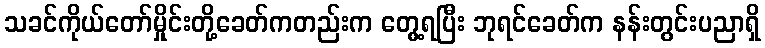
သခင်ကိုယ်တော်မှိုင်းတို့ခေတ်ကတည်းက တွေ့ရပြီး ဘုရင်ခေတ်က နန်းတွင်းပညာရှိ